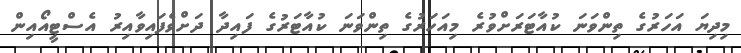
މިދިޔަ އަހަރުގެ ތިންވަނަ ކުއާޓަރަށްވުރެ މިއަހަރުގެ ތިންވަނަ ކުއާޓަރުގެ ފައިދާ ދަށްވެފައިވާއިރު އެސްޓީއޯއިން